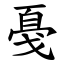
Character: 戞